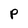
Character: P